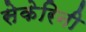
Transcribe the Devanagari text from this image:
सेकेरिनी